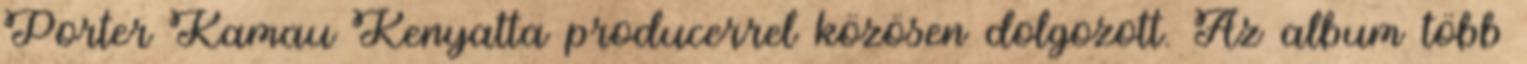
Porter Kamau Kenyatta producerrel közösen dolgozott. Az album több